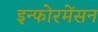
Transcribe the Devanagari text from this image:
इन्फोरमेंसन